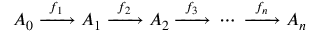
A _ { 0 } \; { \xrightarrow { \ f _ { 1 } \ } } \; A _ { 1 } \; { \xrightarrow { \ f _ { 2 } \ } } \; A _ { 2 } \; { \xrightarrow { \ f _ { 3 } \ } } \; \cdots \; { \xrightarrow { \ f _ { n } \ } } \; A _ { n }